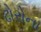
ઢોરોના